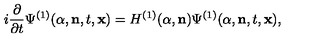
i \frac { \partial } { \partial { t } } { \Psi } ^ { ( 1 ) } ( \alpha , { \bf n } , t , { \bf x } ) = H ^ { ( 1 ) } ( \alpha , { \bf n } ) { \Psi } ^ { ( 1 ) } ( \alpha , { \bf n } , t , { \bf x } ) ,